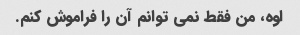
اوه، من فقط نمی توانم آن را فراموش کنم.